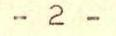
- 2 -